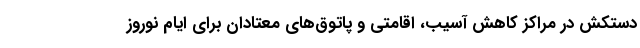
دستکش در مراکز کاهش آسیب، اقامتی و پاتوق‌های معتادان برای ایام نوروز